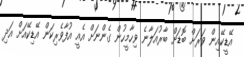
އޭޑީކޭއިން ވަރަށް ބޮޑަށް ބާރުއަލާނެ ވިހާމީހުން ގެންނަށް އެއީ އުފާވެރިކަން އޭޑިކޭއަށް އަދި